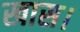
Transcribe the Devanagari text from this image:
खास।